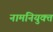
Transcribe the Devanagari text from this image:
नामनियुक्त